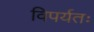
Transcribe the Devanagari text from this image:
विपर्यतः